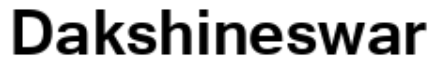
Dakshineswar